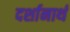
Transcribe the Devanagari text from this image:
दर्शानार्थ